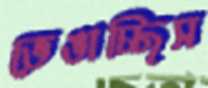
ভেঙাচ্ছিস